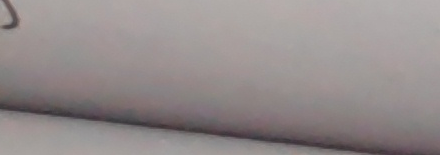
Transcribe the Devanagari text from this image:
श